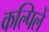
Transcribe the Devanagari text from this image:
कल्पिलें